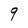
Character: q